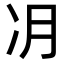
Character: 𫥂